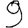
Digit: 9